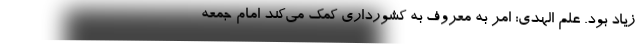
زیاد بود. علم الهدی: امر به معروف به کشورداری کمک می‌کند امام جمعه